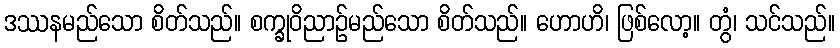
ဒဿနမည်သော စိတ်သည်။ စက္ခုဝိညာဉ်မည်သော စိတ်သည်။ ဟောဟိ၊ ဖြစ်လော့။ တွံ၊ သင်သည်။